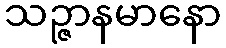
သဉ္ဇာနမာနော